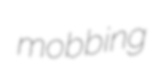
mobbing